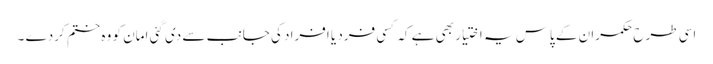
اسی طرح حکمران کے پاس یہ اختیار بھی ہے کہ کسی فرد یا افراد کی جانب سے دی گئی امان کو وہ ختم کردے ۔